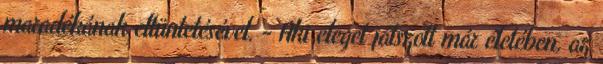
maradékának eltüntetésével. - Aki eleget játszott már életében, az